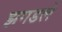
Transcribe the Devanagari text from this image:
झगडले